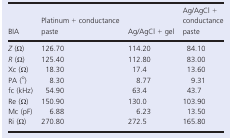
<table><thead><tr><td><b>BIA</b></td><td><b>Platinum + conductance paste</b></td><td><b>Ag/AgCl + gel</b></td><td><b>Ag/AgCl + conductance paste</b></td></tr></thead><tbody><tr><td><i>Z</i> (Ω)</td><td>126.70</td><td>114.20</td><td>84.10</td></tr><tr><td><i>R</i> (Ω)</td><td>125.40</td><td>112.80</td><td>83.00</td></tr><tr><td>Xc (Ω)</td><td>18.30</td><td>17.4</td><td>13.60</td></tr><tr><td>PA (<sup>o</sup>)</td><td>8.30</td><td>8.77</td><td>9.31</td></tr><tr><td>fc (kHz)</td><td>54.90</td><td>63.4</td><td>43.7</td></tr><tr><td>Re (Ω)</td><td>150.90</td><td>130.0</td><td>103.90</td></tr><tr><td>Mc (pF)</td><td>6.88</td><td>6.23</td><td>13.50</td></tr><tr><td>Ri (Ω)</td><td>270.80</td><td>272.5</td><td>165.80</td></tr></tbody></table>